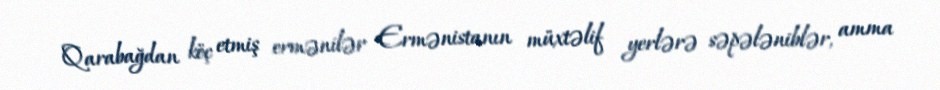
Qarabağdan köç etmiş ermənilər Ermənistanın müxtəlif yerlərə səpələniblər, amma